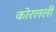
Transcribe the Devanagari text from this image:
कोरलली